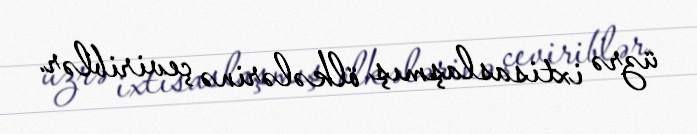
üzrə ixtisaslaşmış ölkələrinə çeviriblər.